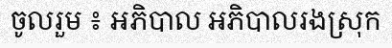
ចូលរួម ៖ អភិបាល អភិបាលរងស្រុក